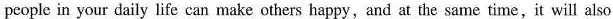
people in your daily life can make others happy,and at the same time,it will also